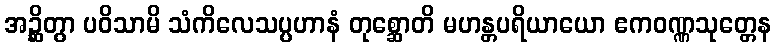
အဉ္ဆိတွာ ပဝိသာမိ သံကိလေသပ္ပဟာနံ တုစ္ဆောတိ မဟန္တပရိယာယော ဧကဝဏ္ဏသုတ္တေန